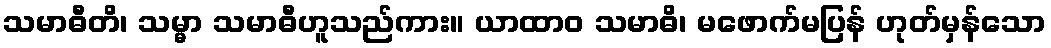
သမာဓီတိ၊ သမ္မာ သမာဓီဟူသည်ကား။ ယာထာဝ သမာဓိ၊ မဖောက်မပြန် ဟုတ်မှန်သော